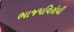
ભાજપવિરોધી